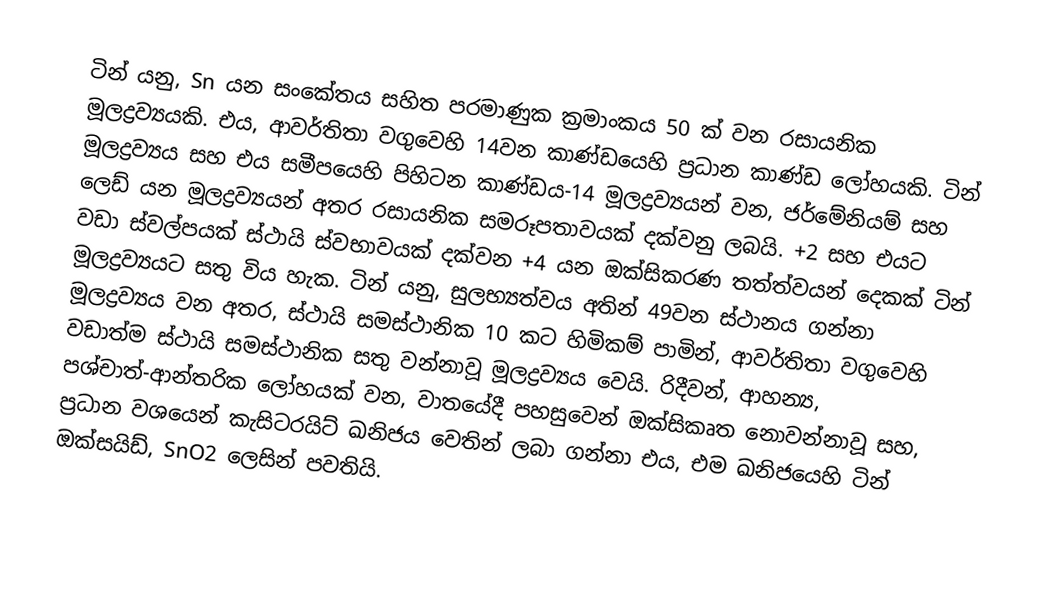
ටින් යනු, Sn  යන සංකේතය සහිත පරමාණුක ක්‍රමාංකය 50 ක් වන රසායනික මූලද්‍රව්‍යයකි. එය, ආවර්තිතා වගුවෙහි 14වන කාණ්ඩයෙහි ප්‍රධාන කාණ්ඩ ලෝහයකි. ටින් මූලද්‍රව්‍යය සහ එය සමීපයෙහි පිහිටන කාණ්ඩය-14 මූලද්‍රව්‍යයන් වන, ජර්මේනියම් සහ ලෙඩ් යන මූලද්‍රව්‍යයන් අතර රසායනික සමරූපතාවයක් දක්වනු ලබයි.  +2 සහ එයට වඩා ස්වල්පයක් ස්ථායි ස්වභාවයක් දක්වන +4 යන ඔක්සිකරණ තත්ත්වයන් දෙකක් ටින් මූලද්‍රව්‍යයට සතු විය හැක. ටින් යනු, සුලභ්‍යත්වය අතින් 49වන ස්ථානය ගන්නා මූලද්‍රව්‍යය වන අතර, ස්ථායි සමස්ථානික 10 කට හිමිකම් පාමින්, ආවර්තිතා වගුවෙහි වඩාත්ම ස්ථායි  සමස්ථානික සතු වන්නාවූ මූලද්‍රව්‍යය වෙයි.  රිදීවන්, ආහන්‍ය,   පශ්චාත්-ආන්තරික ලෝහයක් වන, වාතයේදී පහසුවෙන්  ඔක්සිකෘත නොවන්නාවූ සහ,  ප්‍රධාන වශයෙන් කැසිටරයිට් ඛනිජය වෙතින් ලබා ගන්නා එය, එම ඛනිජයෙහි ටින් ඔක්සයිඩ්, SnO2 ලෙසින් පවතියි.